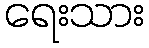
ရေးသား